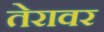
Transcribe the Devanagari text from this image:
तेरावर